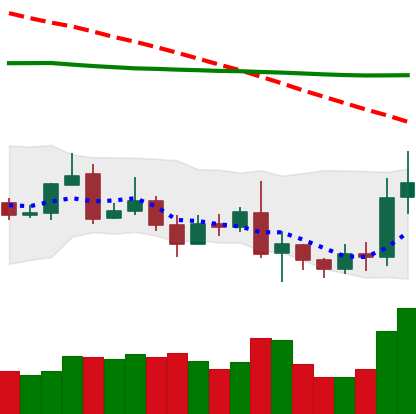
Ticker: ETC-USD
Chart end date: 2019-08-21
Forward return: 19.93%
Label: up_7plus